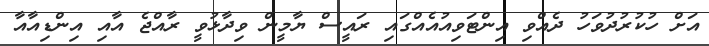
އަށް ހުކުރުދުވަހު ދެއްވި އިންޓަވިއުއެއްގައި ރައީސް ޔާމީން ވިދާޅުވީ ރާއްޖެ އާއި އިންޑިއާއާ